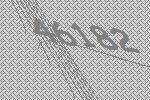
46182